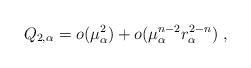
LaTeX: \begin{align*}Q_{2,\alpha}=o(\mu_\alpha^2)+o(\mu_\alpha^{n-2}r_\alpha^{2-n})~,\end{align*}